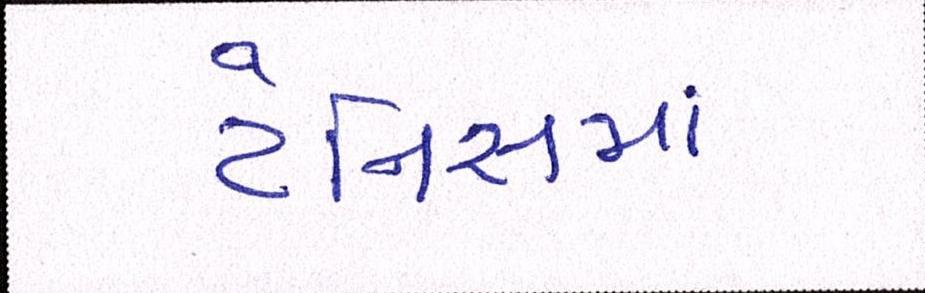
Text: ટેનિસમાં